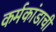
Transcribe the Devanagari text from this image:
कर्मकांडाची